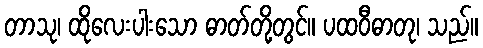
တာသု၊ ထိုလေးပါးသော ဓာတ်တို့တွင်။ ပထဝီဓာတု၊ သည်။